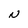
Character: N